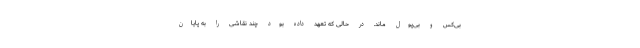
بی‌کس و بی‌پول ماند. در حالی که تعهد داده بود چند نقاشی را به پایان